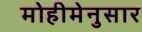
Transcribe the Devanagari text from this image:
मोहीमेनुसार